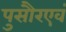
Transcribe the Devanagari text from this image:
पुसौरएवं